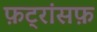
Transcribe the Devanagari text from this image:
फ़ट्रांसफ़